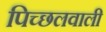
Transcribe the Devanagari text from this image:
पिच्छलवाली